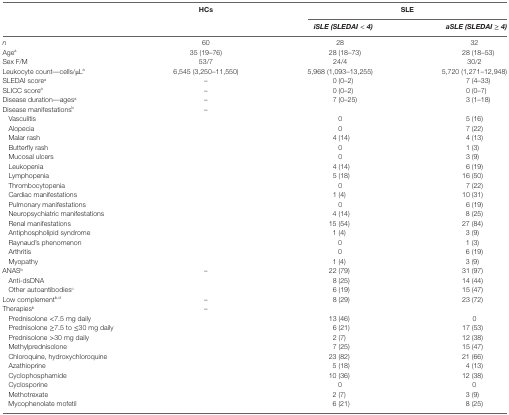
<table><thead><tr><td></td><td><b>HCs</b></td><td colspan="2"><b>SLE</b></td></tr><tr><td></td><td></td><td><b><i>iSLE (SLEDAI</i> &lt; <i>4)</i></b></td><td><b><i>aSLE (SLEDAI</i> ≥ <i>4)</i></b></td></tr></thead><tbody><tr><td><i>n</i></td><td>60</td><td>28</td><td>32</td></tr><tr><td>Age<sup>a</sup></td><td>35 (19–76)</td><td>28 (18–73)</td><td>28 (18–53)</td></tr><tr><td>Sex F/M</td><td>53/7</td><td>24/4</td><td>30/2</td></tr><tr><td>Leukocyte count––cells/μL<sup>a</sup></td><td>6,545 (3,250–11,550)</td><td>5,968 (1,093–13,255)</td><td>5,720 (1,271–12,948)</td></tr><tr><td>SLEDAI score<sup>a</sup></td><td>–</td><td>0 (0–2)</td><td>7 (4–33)</td></tr><tr><td>SLICC score<sup>a</sup></td><td>–</td><td>0 (0–2)</td><td>0 (0–7)</td></tr><tr><td>Disease duration––ages<sup>a</sup></td><td>–</td><td>7 (0–25)</td><td>3 (1–18)</td></tr><tr><td>Disease manifestations<sup>b</sup></td><td>–</td><td></td><td></td></tr><tr><td> Vasculitis</td><td></td><td>0</td><td>5 (16)</td></tr><tr><td> Alopecia</td><td></td><td>0</td><td>7 (22)</td></tr><tr><td> Malar rash</td><td></td><td>4 (14)</td><td>4 (13)</td></tr><tr><td> Butterfly rash</td><td></td><td>0</td><td>1 (3)</td></tr><tr><td> Mucosal ulcers</td><td></td><td>0</td><td>3 (9)</td></tr><tr><td> Leukopenia</td><td></td><td>4 (14)</td><td>6 (19)</td></tr><tr><td> Lymphopenia</td><td></td><td>5 (18)</td><td>16 (50)</td></tr><tr><td> Thrombocytopenia</td><td></td><td>0</td><td>7 (22)</td></tr><tr><td> Cardiac manifestations</td><td></td><td>1 (4)</td><td>10 (31)</td></tr><tr><td> Pulmonary manifestations</td><td></td><td>0</td><td>6 (19)</td></tr><tr><td> Neuropsychiatric manifestations</td><td></td><td>4 (14)</td><td>8 (25)</td></tr><tr><td> Renal manifestations</td><td></td><td>15 (54)</td><td>27 (84)</td></tr><tr><td> Antiphospholipid syndrome</td><td></td><td>1 (4)</td><td>3 (9)</td></tr><tr><td> Raynaud’s phenomenon</td><td></td><td>0</td><td>1 (3)</td></tr><tr><td> Arthritis</td><td></td><td>0</td><td>6 (19)</td></tr><tr><td> Myopathy</td><td></td><td>1 (4)</td><td>3 (9)</td></tr><tr><td>ANAS<sup>b</sup></td><td>–</td><td>22 (79)</td><td>31 (97)</td></tr><tr><td> Anti-dsDNA</td><td></td><td>8 (25)</td><td>14 (44)</td></tr><tr><td> Other autoantibodies<sup>c</sup></td><td></td><td>6 (19)</td><td>15 (47)</td></tr><tr><td>Low complement<sup>b,d</sup></td><td>–</td><td>8 (29)</td><td>23 (72)</td></tr><tr><td>Therapies<sup>b</sup></td><td>–</td><td></td><td></td></tr><tr><td> Prednisolone &lt;7.5 mg daily</td><td></td><td>13 (46)</td><td>0</td></tr><tr><td colspan="2"> Prednisolone ≥7.5 to ≤30 mg daily</td><td>6 (21)</td><td>17 (53)</td></tr><tr><td> Prednisolone &gt;30 mg daily</td><td></td><td>2 (7)</td><td>12 (38)</td></tr><tr><td> Methylprednisolone</td><td></td><td>7 (25)</td><td>15 (47)</td></tr><tr><td colspan="2"> Chloroquine, hydroxychloroquine</td><td>23 (82)</td><td>21 (66)</td></tr><tr><td> Azathioprine</td><td></td><td>5 (18)</td><td>4 (13)</td></tr><tr><td> Cyclophosphamide</td><td></td><td>10 (36)</td><td>12 (38)</td></tr><tr><td> Cyclosporine</td><td></td><td>0</td><td>0</td></tr><tr><td> Methotrexate</td><td></td><td>2 (7)</td><td>3 (9)</td></tr><tr><td> Mycophenolate mofetil</td><td></td><td>6 (21)</td><td>8 (25)</td></tr></tbody></table>